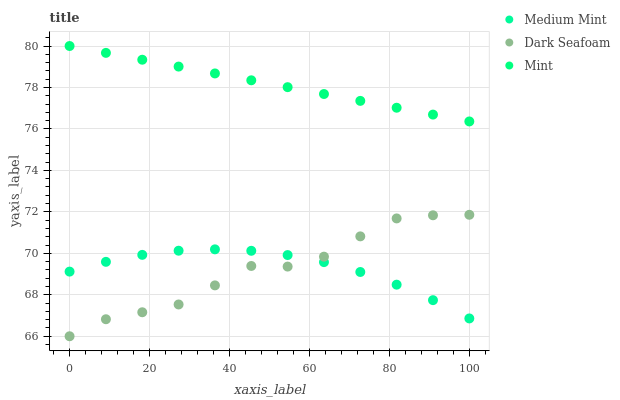
| xaxis_label | Medium Mint | Dark Seafoam | Mint |
 | --- | --- | --- | --- |
 | 0 | 69.1 | 66 | 80 |
 | 9.09 | 69.6 | 66.8 | 79.7 |
 | 18.2 | 69.9 | 67.2 | 79.3 |
 | 27.3 | 70.1 | 67.5 | 79 |
 | 36.4 | 70.2 | 68.5 | 78.7 |
 | 45.5 | 70.1 | 69.4 | 78.3 |
 | 54.5 | 69.9 | 69.4 | 78 |
 | 63.6 | 69.6 | 69.8 | 77.7 |
 | 72.7 | 69.1 | 70.8 | 77.4 |
 | 81.8 | 68.5 | 71.7 | 77 |
 | 90.9 | 67.7 | 71.8 | 76.7 |
 | 100 | 66.9 | 71.9 | 76.4 |